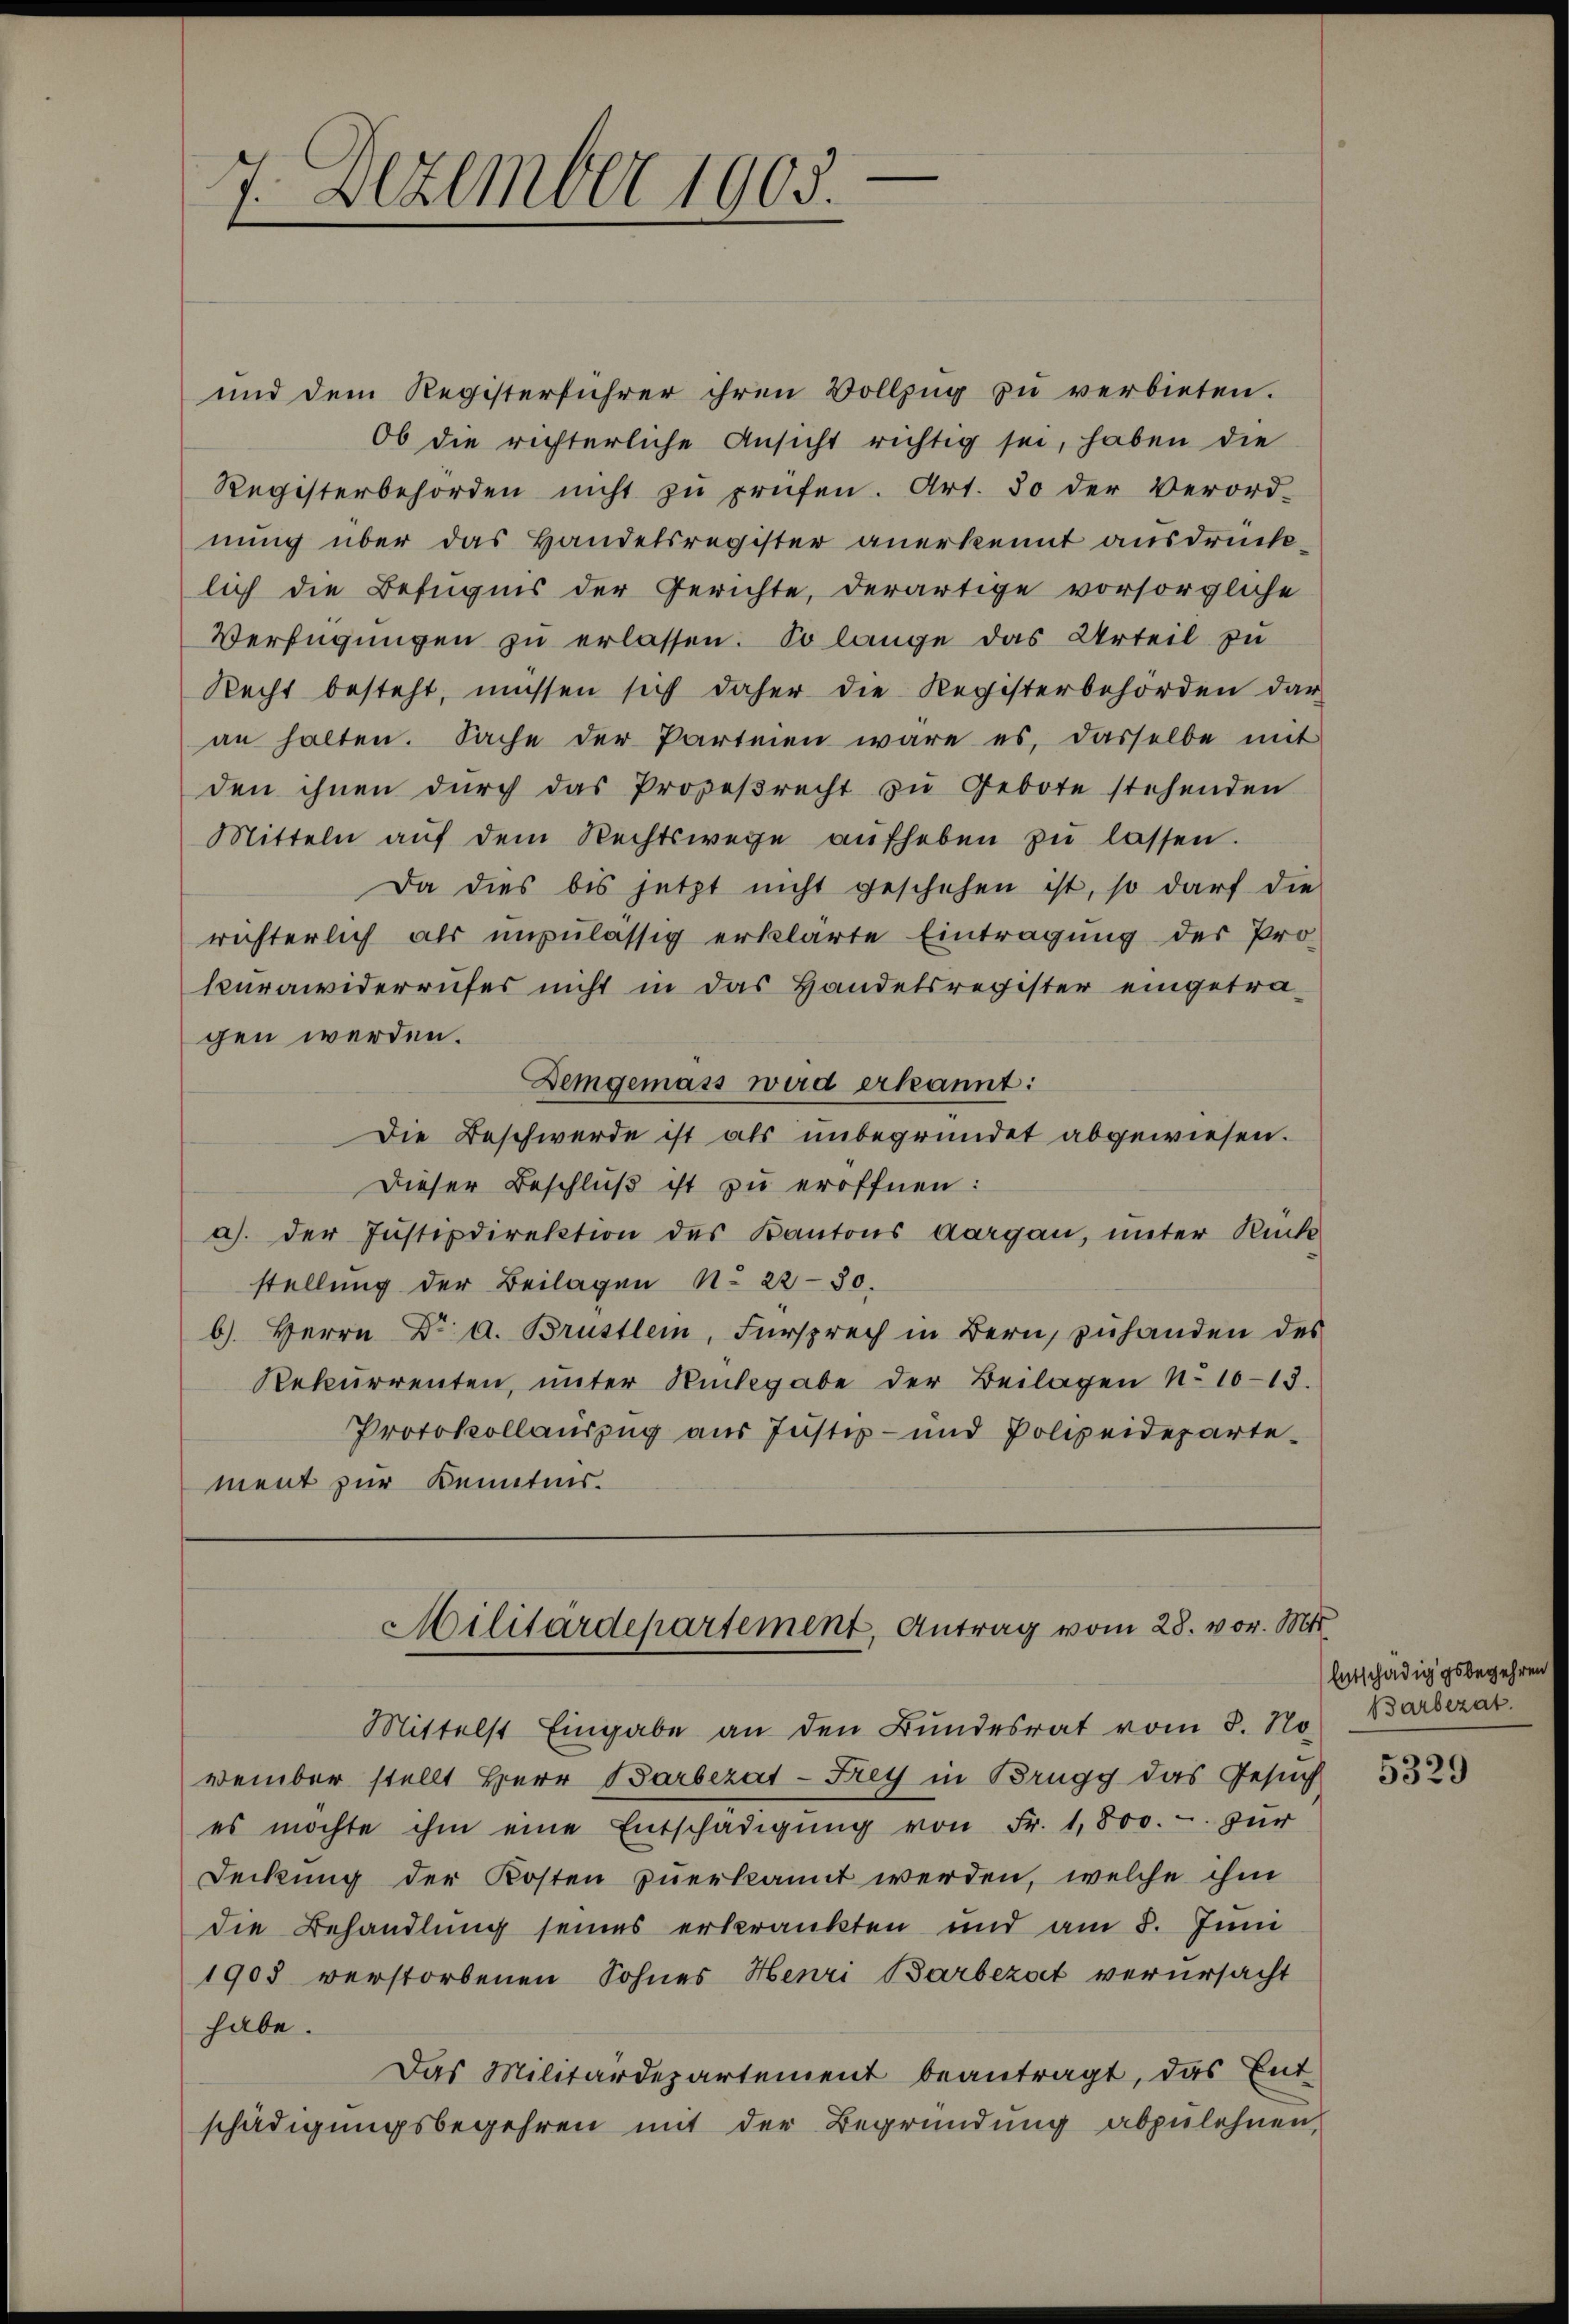
7. Dezember 1905.

und dem Registerführer ihren Vollzug zu verbieten.
Ob die richterliche Ansicht richtig sei, haben die
Registerbehörden nicht zŭ prüfen. Art. 30 der Verord-
nung über das Handelsregister anerkennt ausdrücklich die Befugnis der Gerichte, derartige vorsorgliche
Verfügungen zu erlassen. So lange das Urteil zu
Recht besteht, müssen sich daher die Registerbehörden dar
an halten. Sache der Parteien wäre es, dasselbe mit
den ihnen dŭrch das Propeβrecht zu Gebote stehenden
Mitteln aŭf dem Rechtswege aufheben zŭ lassen.
Da dies bis jetzt nicht geschehen ist, so darf die
richterlich als unzulässig erklärte Eintragung des Pro-
kurawiderrufes nicht in das Handelsregister eingetragen werden.
Demgemäss wird erkannt:
Die Beschwerde ist als unbegründet abgewiesen.
Dieser Beschluß ist zu eröffnen:
a). Der Justizdirektion des Kantons Aargau, unter Rück-
stellung der Beilagen No 22-50.
b) Herrn Dr A. Brüstlen, Fürsprech in Bern, zuhanden des
Rekurrenten, ŭnter Rückgabe der Beilagen No 1013.
Protokollauszug aus Justiz- und Polizeidepartement zur Kenntnis.

Militärdepartement, Antrag vom 28. vor. Mt

Mittelst Eingabe an den Bundesrat vom 3. No. Barbezat
vember stellt Herr Barbezat - Frey in Brugg das Gesuch
es möchte ihm eine Entschädigŭng von Fr. 1,800. - zur
Deckung der Kosten zuerkannt werden, welche ihm
die Behandlung seines erkrankten und am 5. Juni
1903 verstorbenen Sohnes Henri Barbezat verursacht
habe.
Das Militärdepartement beantragt, das Ent-
schädigungsbegehren mit der Begründung abzulehnen,

Entschädiggsbegehren

5329